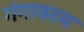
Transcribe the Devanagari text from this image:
गंगावरम